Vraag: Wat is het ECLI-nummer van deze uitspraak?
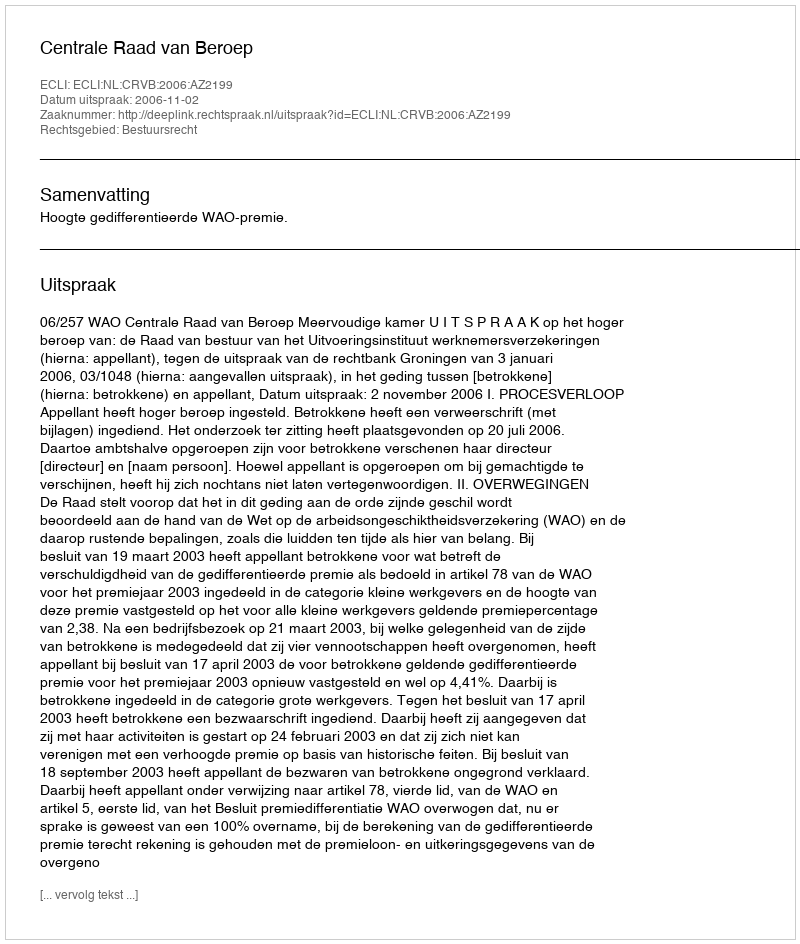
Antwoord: ECLI:NL:CRVB:2006:AZ2199